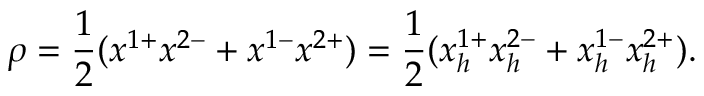
\rho = { \frac { 1 } { 2 } } ( x ^ { 1 + } x ^ { 2 - } + x ^ { 1 - } x ^ { 2 + } ) = { \frac { 1 } { 2 } } ( x _ { h } ^ { 1 + } x _ { h } ^ { 2 - } + x _ { h } ^ { 1 - } x _ { h } ^ { 2 + } ) .